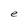
Character: e